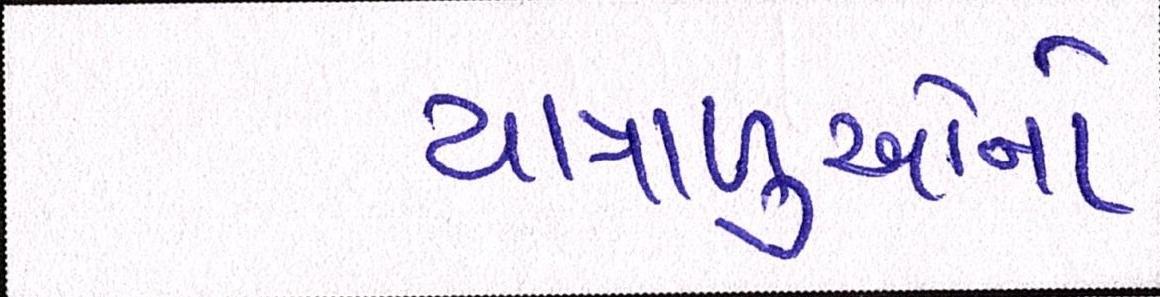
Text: યાત્રાળુઓનો